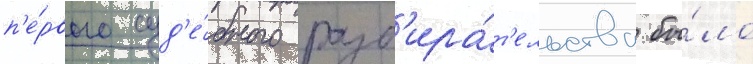
п'е́рвого суд'е́бного разб'ира́т'ельства бы́ло